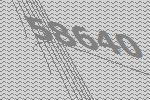
58640